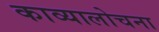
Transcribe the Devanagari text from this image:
काव्यालोचना